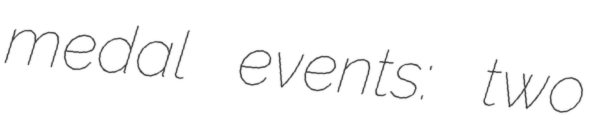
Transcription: medal events: two